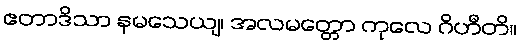
ဧတာဒိသာ နမသေယျ၊ အလမတ္တော ကုလေ ဂိဟီတိ။